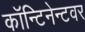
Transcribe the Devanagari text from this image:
कॉन्टिनेन्टवर